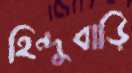
হিন্দুবাড়ি